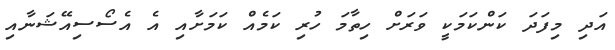
އަދި މިފަދަ ކަންކަމަކީ ވަރަށް ހިތާމަ ހުރި ކަމެއް ކަމަށާއި އެ އެސޯސިއޭޝަނާއި